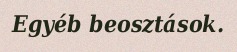
Egyéb beosztások.